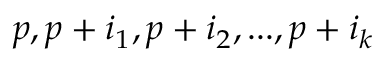
p , p + i _ { 1 } , p + i _ { 2 } , . . . , p + i _ { k }